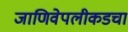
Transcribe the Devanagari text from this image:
जाणिवेपलीकडचा